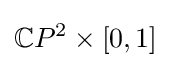
\mathbb {C} P^{2}\times [0,1]